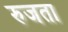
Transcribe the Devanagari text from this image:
रुजता